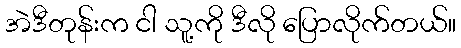
အဲဒီတုန်းက ငါ သူ့ကို ဒီလို ပြောလိုက်တယ်။